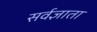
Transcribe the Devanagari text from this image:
सर्वज्ञाता